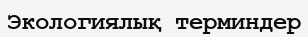
Экологиялық терминдер